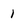
Character: 1